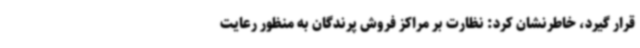
قرار گیرد، خاطرنشان کرد: نظارت بر مراکز فروش پرندگان به منظور رعایت